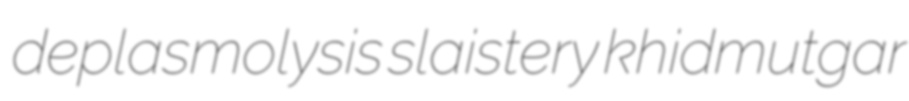
deplasmolysis slaistery khidmutgar